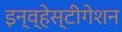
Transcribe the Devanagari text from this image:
इन्व्हेस्टीगेशन